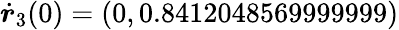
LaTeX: \dot{\boldsymbol{r}}_{3}(0)=(0,0.8412048569999999)